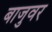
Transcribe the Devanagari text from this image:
बाजुवर